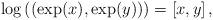
LaTeX: \begin{align*}\log\left(\left(\exp(x),\exp(y)\right)\right)=\left[x,y\right],\end{align*}